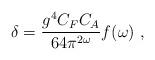
LaTeX: \begin{align*}\delta={g^4 C_F C_A\over 64 \pi^{2\omega}}f(\omega) \ ,\end{align*}